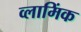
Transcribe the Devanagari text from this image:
व्लामिंक